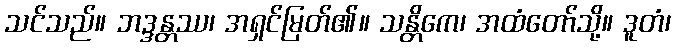
သင်သည်။ ဘဒ္ဒန္တဿ၊ အရှင်မြတ်၏။ သန္တိကေ၊ အထံတော်သို့။ ဒူတံ၊